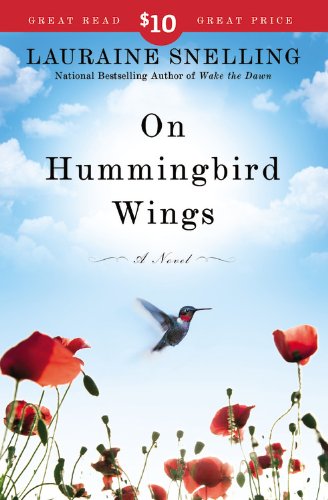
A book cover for On Hummingbird Wings: A Novel; Lauraine Snelling; Literature & Fiction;